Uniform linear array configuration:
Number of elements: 16
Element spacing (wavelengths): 0.25
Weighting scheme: hann
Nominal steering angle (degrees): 0
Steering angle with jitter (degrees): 1.598
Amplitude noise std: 0.05
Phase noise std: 0.05

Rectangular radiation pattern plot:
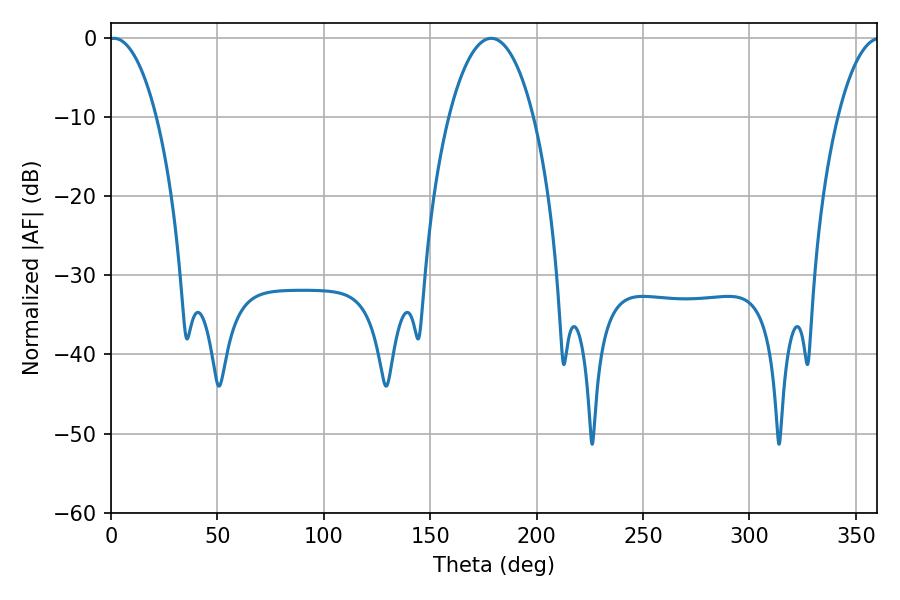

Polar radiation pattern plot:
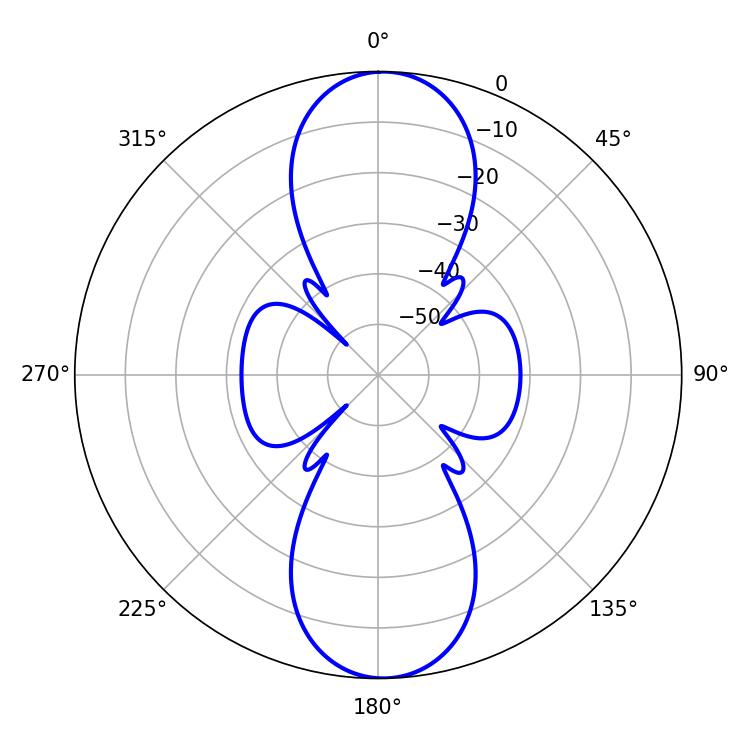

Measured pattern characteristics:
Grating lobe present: FALSE
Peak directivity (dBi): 20.078
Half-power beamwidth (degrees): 12.42
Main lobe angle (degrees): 1.26